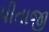
પીતાજી